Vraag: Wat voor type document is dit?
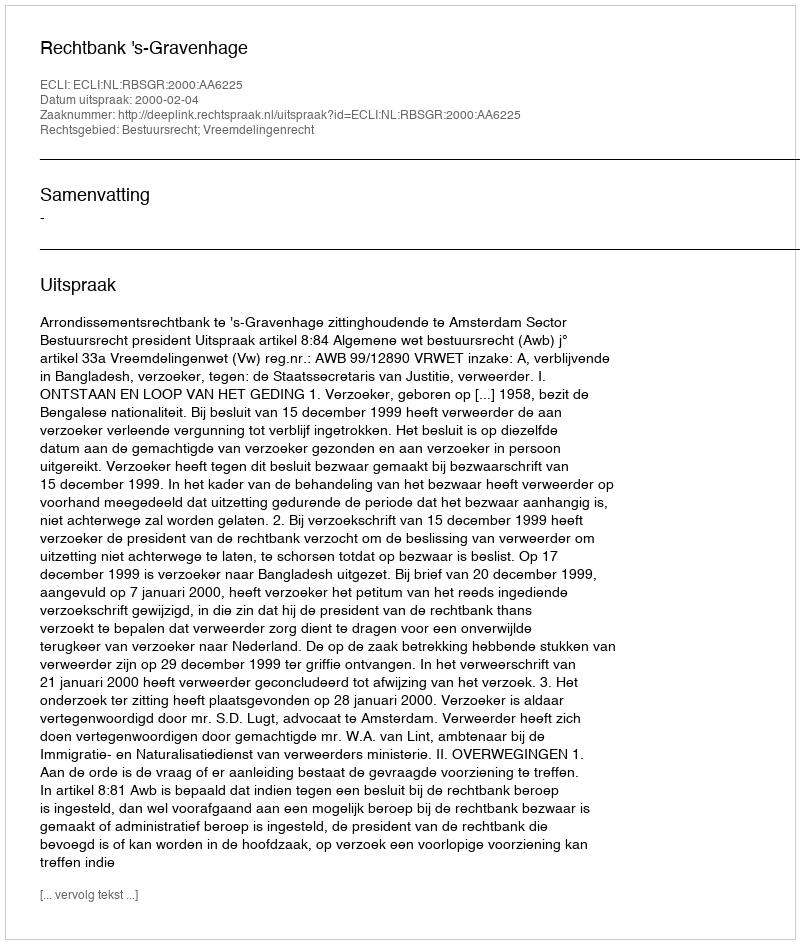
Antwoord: Uitspraak